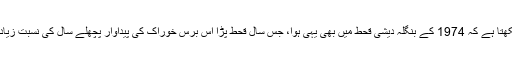
سین لکھتا ہے کہ 1974 کے بنگلہ دیشی قحط میں بھی یہی ہوا، جس سال قحط پڑا اُس برس خوراک کی پیداوار پچھلے سال کی نسبت زیادہ تھی۔